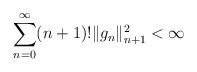
LaTeX: \begin{align*}\sum_{n=0}^\infty (n+1)! \|g_n\|_{n+1}^2<\infty\end{align*}